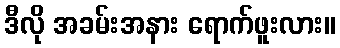
ဒီလို အခမ်းအနား ရောက်ဖူးလား။